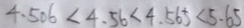
4 . 5 0 6 < 4 . 5 6 < 4 . 5 6 5 < 5 . 6 5